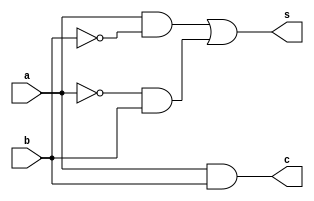
`timescale 1ns / 1ps
//////////////////////////////////////////////////////////////////////////////////
// Company: 
// Engineer: 
// 
// Design Name: 
// Module Name: Half_adderdatflo
// Project Name: 
// Target Devices: 
// Tool Versions: 
// Description: 
// 
// Dependencies: 
// 
// Revision:
// Revision 0.01 - File Created
// Additional Comments:
// 
//////////////////////////////////////////////////////////////////////////////////


module Half_adderdatflo(
input a,
input b,
output s,
output c
    );
assign s=(a&~b)|(~a&b);
assign c=a&b;
endmodule